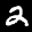
Label: 2